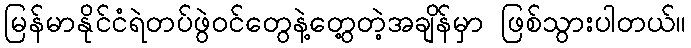
မြန်မာနိုင်ငံရဲတပ်ဖွဲဝင်တွေနဲ့တွေ့တဲ့အချိန်မှာ ဖြစ်သွားပါတယ်။